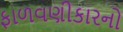
ફાળવણીકારનો